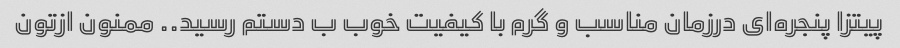
پیتزا پنجره‌ای درزمان مناسب و گرم با کیفیت خوب ب دستم رسید.. ممنون ازتون